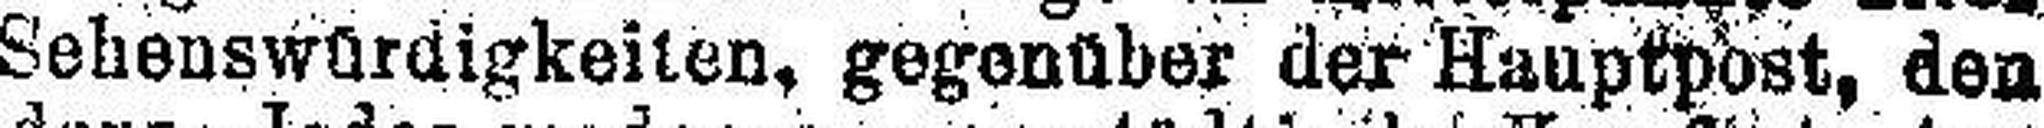
Sehenswürdigkeiten, gegenüber der Hauptpost, den